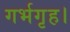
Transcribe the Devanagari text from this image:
गर्भगृह।